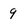
Character: 9